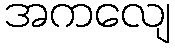
အကလျေ